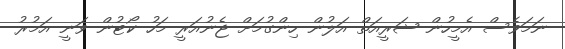
ނަމަވެސް އެމީހުން ޝަރީއަތް އަލުން ހިންގުމަށް ޖެނުއަރީ މަހު ކޯޓުން ވަނީ އަމުރު